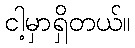
ငါ့မှာရှိတယ်။